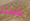
حسنا